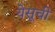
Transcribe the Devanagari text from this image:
येसूची